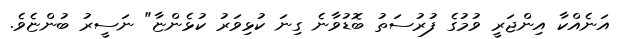
އަނެއްކާ އިންޖަރީ ވުމުގެ ފުރުސަތު ބޮޑުވާނެ ގިނަ ކުޅިވަރު ކުޅެންޏާ" ނަސީރު ބުންޏެވެ.